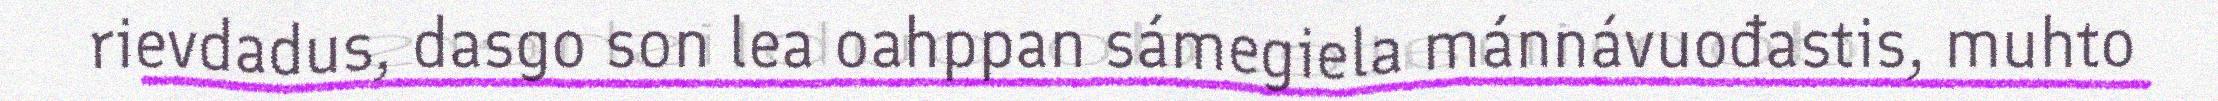
rievdadus, dasgo son lea oahppan sámegiela mánnávuođastis, muhto